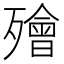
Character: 𣩮